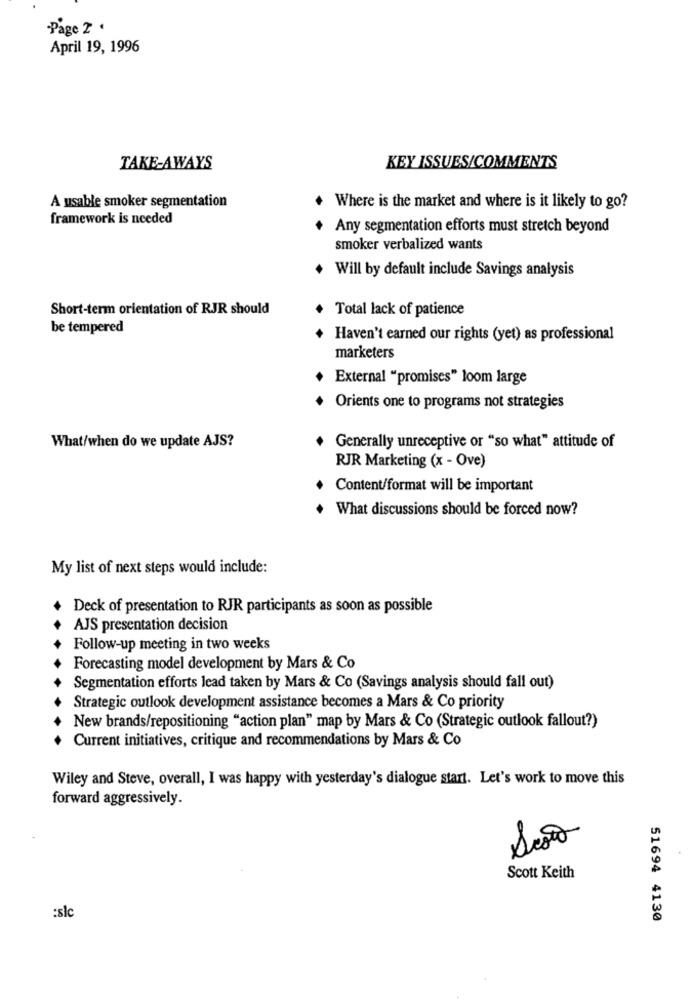
Page 2 .
April 19, 1996
TAKE-AWAYS
KEY ISSUES/COMMENTS
A usable smoker segmentation
+ Where is the market and where is it likely to go?
framework is needed
+ Any segmentation efforts must stretch beyond
smoker verbalized wants
Will by default include Savings analysis
Short-term orientation of RJR should
Total lack of patience
be tempered
Haven't earned our rights (yet) as professional
marketers
External "promises" loom large
Orients one to programs not strategies
What/when do we update AJS?
Generally unreceptive or "so what" attitude of
RJR Marketing (x - Ove)
Content/format will be important
What discussions should be forced now?
My list of next steps would include:
Deck of presentation to RJR participants as soon as possible
AJS presentation decision
Follow-up meeting in two weeks
Forecasting model development by Mars & Co
Segmentation efforts lead taken by Mars & Co (Savings analysis should fall out)
Strategic outlook development assistance becomes a Mars & Co priority
New brands/repositioning "action plan" map by Mars & Co (Strategic outlook fallout?)
Current initiatives, critique and recommendations by Mars & Co
Wiley and Steve, overall, I was happy with yesterday's dialogue start. Let's work to move this
forward aggressively.
Scott Keith
:slc
51694 4130